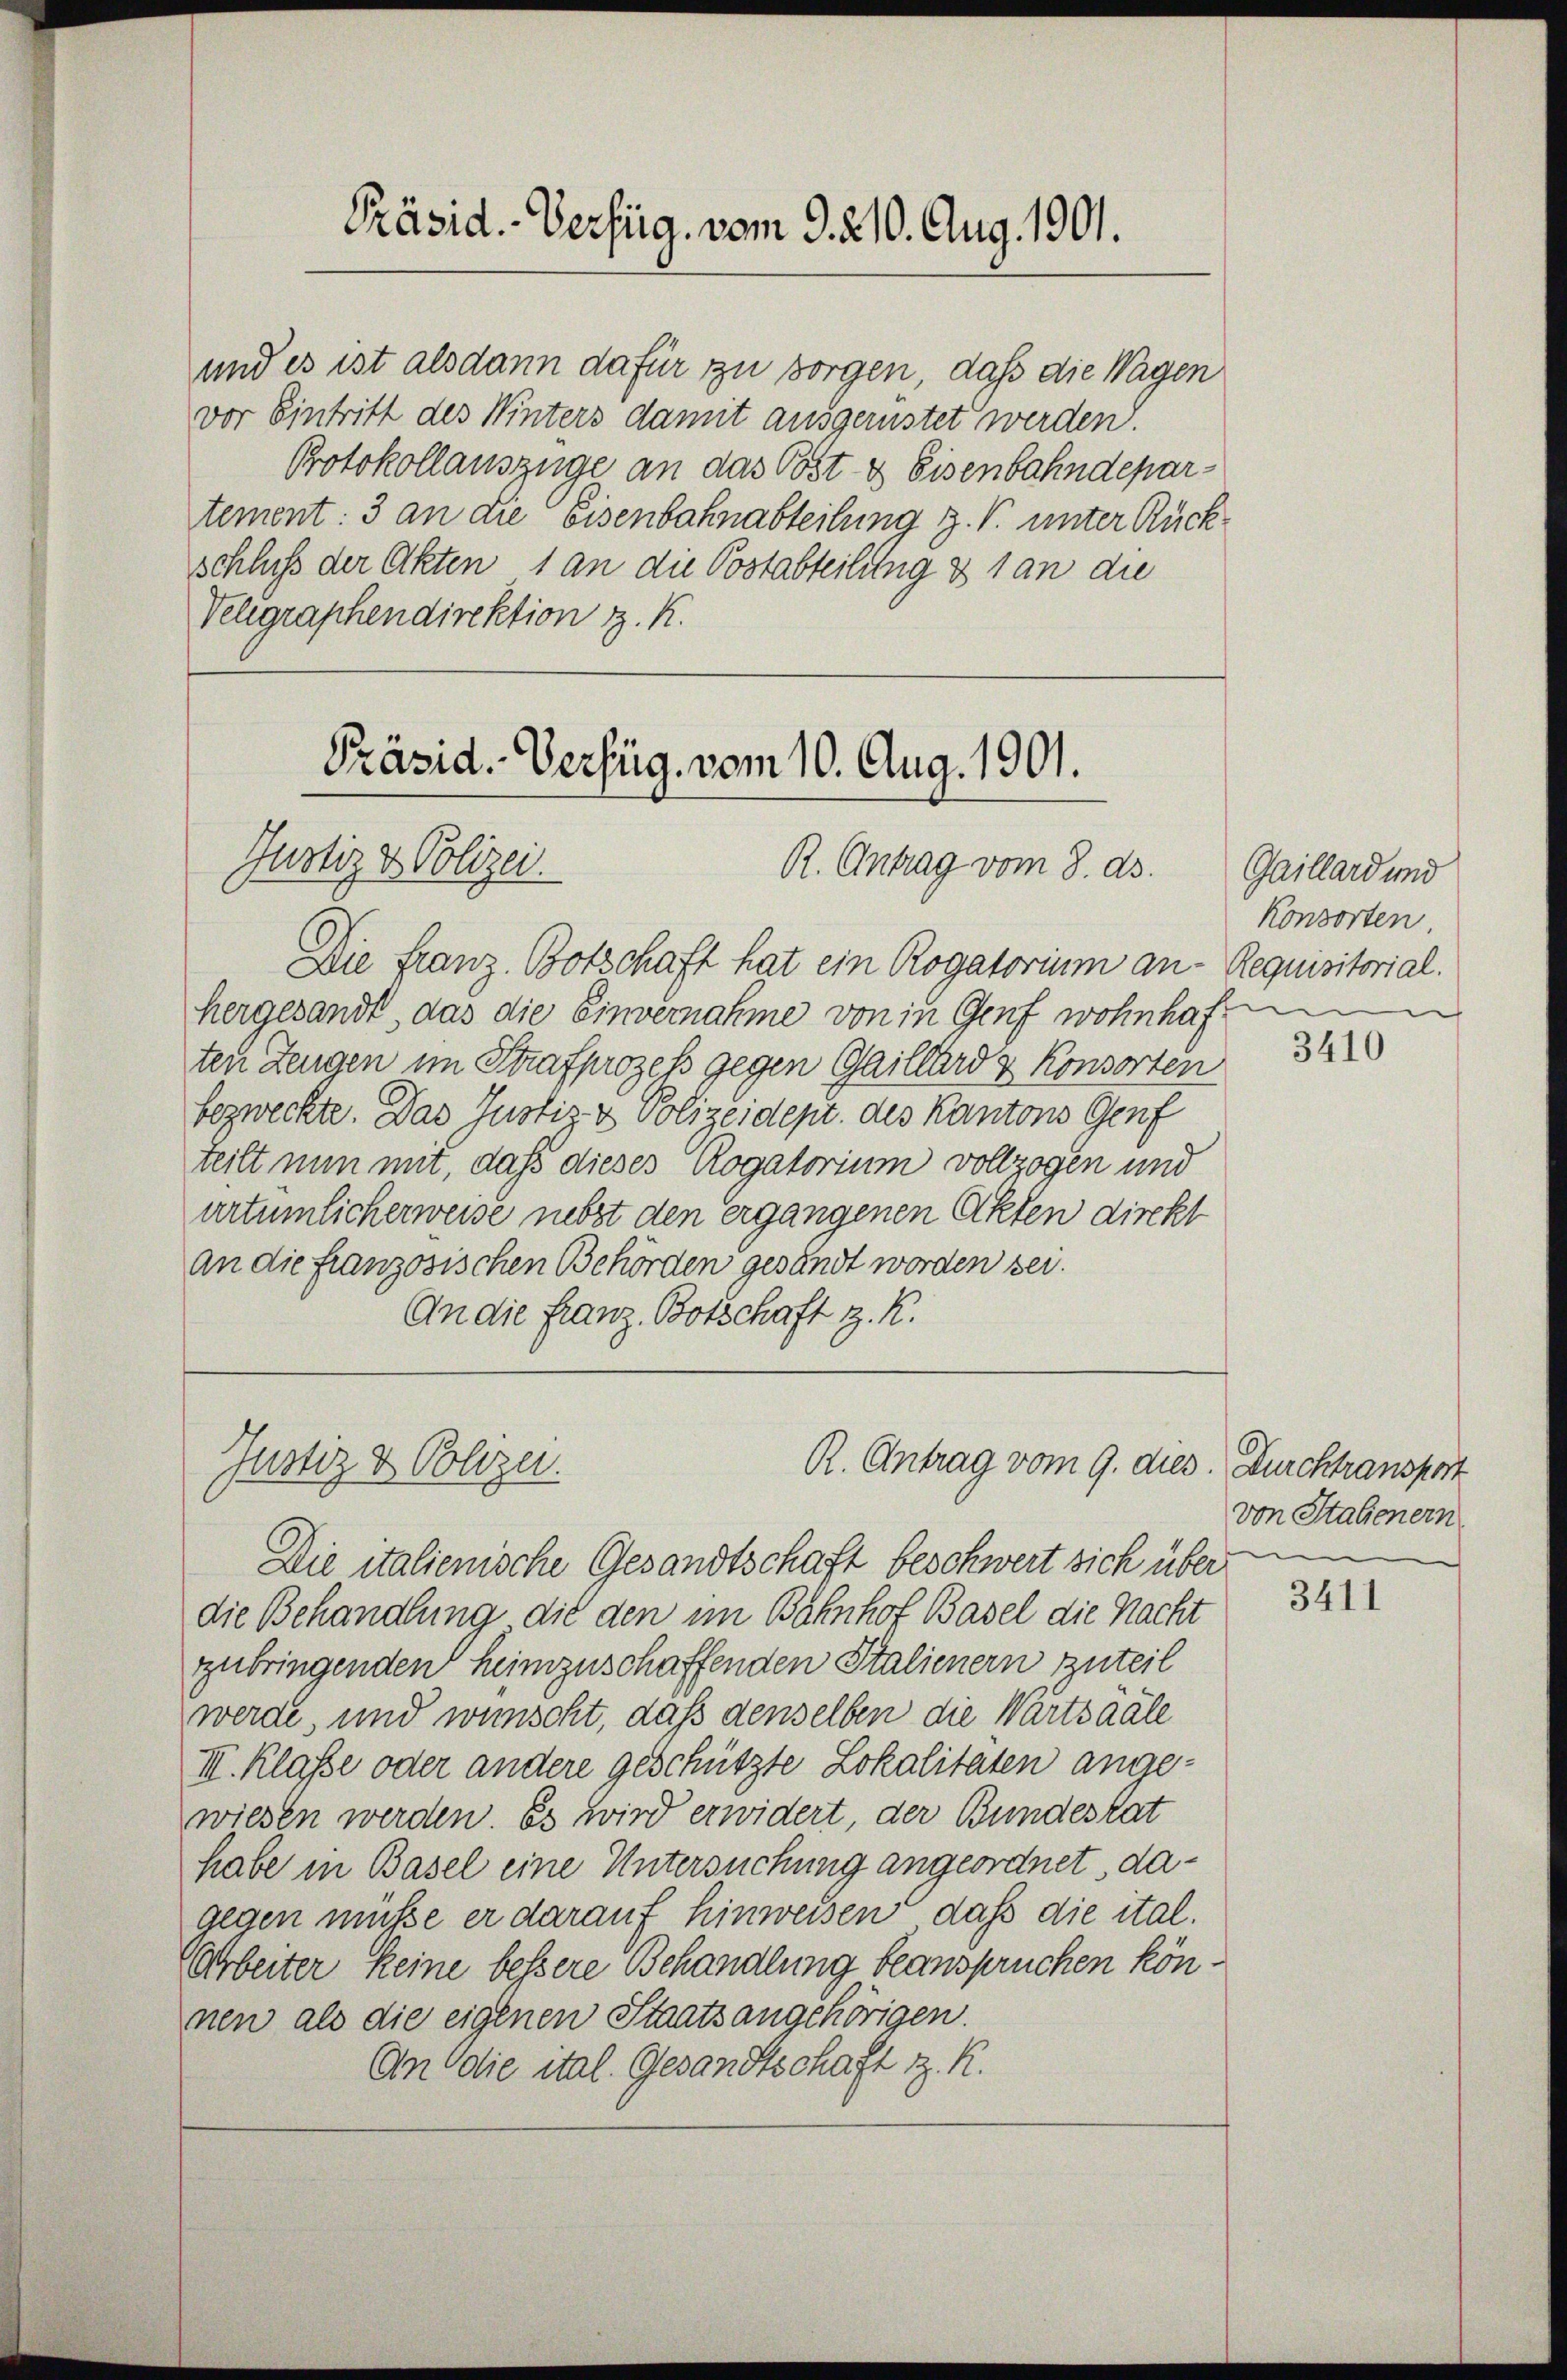
Präsid. - Verfüg, vom 9. 210. Aug. 1901.

und es ist alsdann dafür zu sorgen, daß die Wagen
vor Eintritt des Winters damit ausgerüstet werden.
Protokollauszüge an das Post & Eisenbahndepartement: 3 an die Eisenbahnabteilung z. B. unter Rückschluß der Akten 1 an die Postabteilung & 1 an die
Velegraphendirektion z. K.

Präsid. Verfüg, vom 10. Aug. 1901.
Justiz & Polizei.
R. Antrag vom 8. ds.

Die Franz. Botschaft hat ein Rogatorium an- Requisitorial.
hergesandt, das die Einvernahme von in Genf wohnhaf
ten Zeugen im Strafprozeß gegen Gaillard & Konsorten
bezweckte. Das Justiz & Polizeidept. des Kantons Genf
teilt nun mit, daß dieses Rogatorium vollzogen und
artümlicherweise nebst den ergangenen Akten direkt
an die französischen Behörden gesandt worden sei.
An die Franz Botschaft z. K.

Justiz & Polizei.

Die italienische Gesandtschaft beschwert sich über
die Behandlung die den im Bahnhof Basel die Nacht
zubringenden heimzuschaffenden Stalienern zuteil
werde, und wünscht, daß denselben die Wartsaale
III. Klasse oder andere geschützte Lokalitäten angewiesen werden. Es wird erwidert, der Bundestat
habe in Basel eine Untersuchung angeordnet, dagegen müße er darauf hinweisen, daß die ital.
Arbeiter keine bessere Behandlung beanspruchen können als die eigenen Staatsangehörigen.
An die ital. Gesandtschaft z. R.

R. Antrag vom 9. dies

Gaillard und
Konsorten
e
e

3410

Durchtransport
von Stalienern

3411